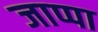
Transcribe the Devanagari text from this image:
जाप्पा